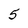
Character: 5